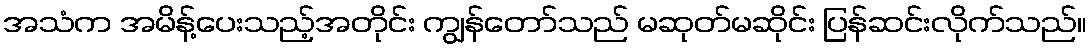
အသံက အမိန့်ပေးသည့်အတိုင်း ကျွန်တော်သည် မဆုတ်မဆိုင်း ပြန်ဆင်းလိုက်သည်။